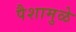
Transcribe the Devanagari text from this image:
पैशामुळे